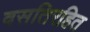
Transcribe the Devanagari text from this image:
वसतिरहित